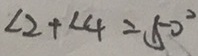
\angle 2 + \angle 4 = 5 0 ^ { \circ }